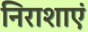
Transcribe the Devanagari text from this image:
निराशाएं